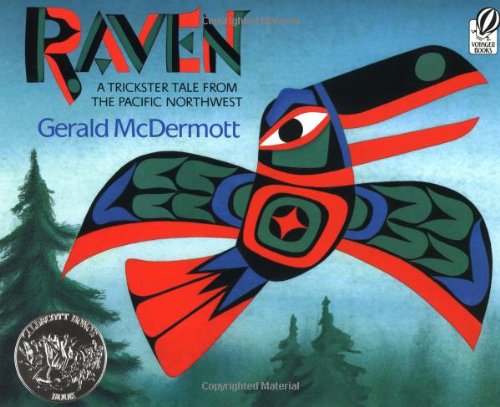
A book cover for Raven: A Trickster Tale from the Pacific Northwest; Gerald McDermott; Children's Books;